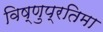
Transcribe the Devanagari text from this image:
विष्णुप्रतिमा